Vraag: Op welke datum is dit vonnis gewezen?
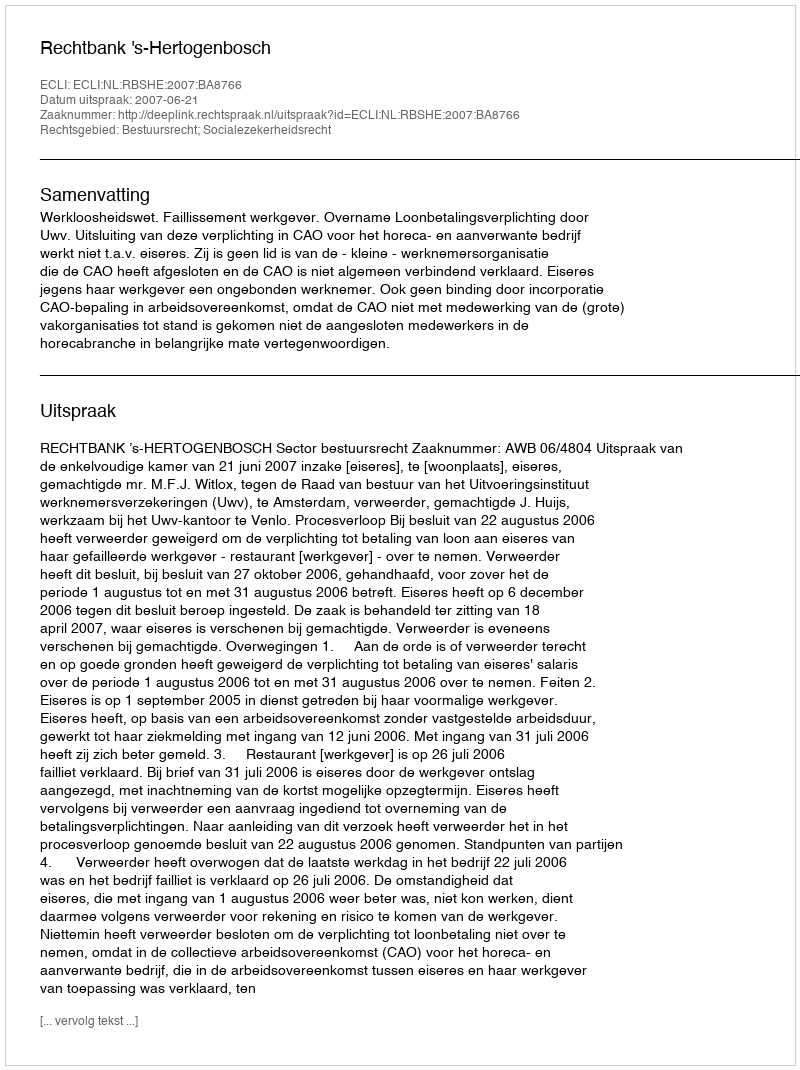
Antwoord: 2007-06-21